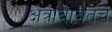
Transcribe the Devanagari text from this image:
क्षेत्राबाबतचे